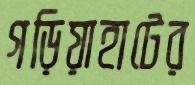
গড়িয়াহাটের